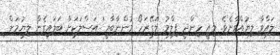
ލައްވާ ލިޔުއްވާށެވެ. މިއީ ހިންދީ ފިލްމު 'ލަގޭރަހޯ މުންނާބާއީ' އަސްލަކަށް ބަލައިގެން ލިޔުމަށް